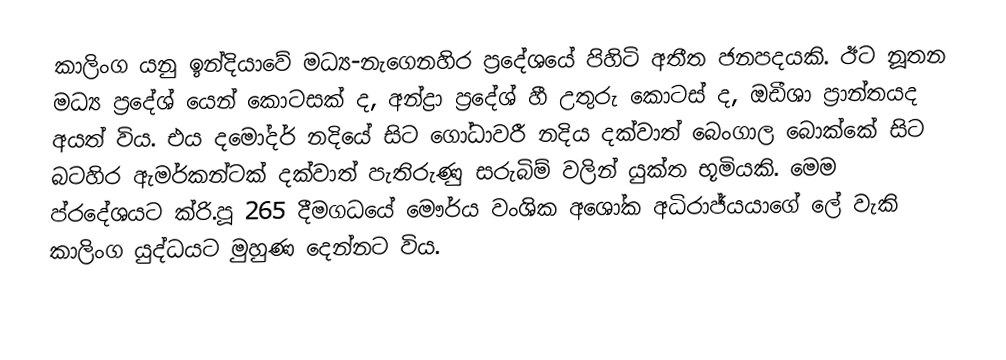
කාලිංග යනු ඉන්දියාවේ මධ්‍ය-නැගෙනහිර ප්‍රදේශයේ පිහිටි අතීත ජනපදයකි. ඊට නූතන මධ්‍ය ප්‍රදේශ් යෙන් කොටසක් ද, අන්ද්‍රා ප්‍රදේශ් හී උතුරු කොටස් ද, ඔඩීශා ප්‍රාන්තයද අයත් විය.  එය දමෝදර් නදියේ සිට ගෝධාවරී නදිය දක්වාත් බෙංගාල බොක්කේ සිට බටහිර ඇමර්කන්ටක් දක්වාත් පැතිරුණු සරුබිම් වලින් යුක්ත භූමියකි. මෙම ප්රදේශයට ක්රි.පූ 265 දීමගධයේ මෞර්ය වංශික අශෝක අධිරාජ්යයාගේ ලේ වැකි කාලිංග යුද්ධයට මුහුණ දෙන්නට විය.